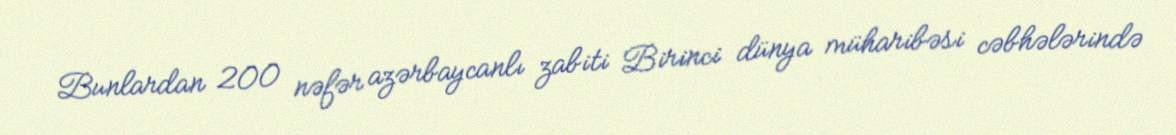
Bunlardan 200 nəfər azərbaycanlı zabiti Birinci dünya müharibəsi cəbhələrində